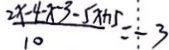
\frac { 2 x - 4 - x - 3 - 5 x + 1 5 } { 1 0 } = - 3